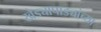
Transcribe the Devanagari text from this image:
खेड्यापाड्यांच्या